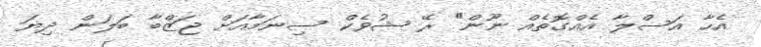
އެހާ އަސްލާ އެއްގޮތެއް ނޫން" ރޭ ޝުވެކް ސިނަމާއަށް ޖަޒްބާ ބަލަން ދިޔަ